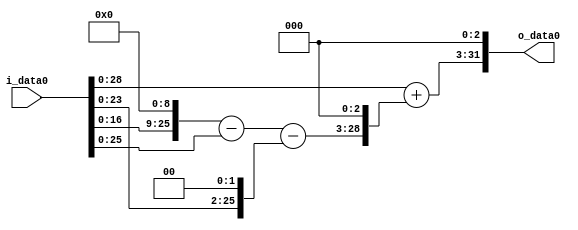
module multiplier_block (
    i_data0,
    o_data0
);

  // Port mode declarations:
  input   [31:0] i_data0;
  output  [31:0]
    o_data0;

  //Multipliers:

  wire [31:0]
    w1,
    w512,
    w511,
    w4,
    w507,
    w4056,
    w4057,
    w32456;

  assign w1 = i_data0;
  assign w32456 = w4057 << 3;
  assign w4 = w1 << 2;
  assign w4056 = w507 << 3;
  assign w4057 = w1 + w4056;
  assign w507 = w511 - w4;
  assign w511 = w512 - w1;
  assign w512 = w1 << 9;

  assign o_data0 = w32456;

  //multiplier_block area estimate = 4833.25917057353;
endmodule